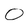
Character: O